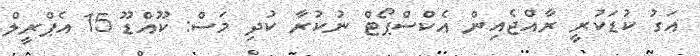
އަގު ކުޑަކުރީ ރާއްޖެއިން އެކްސްޕޯޓް ނުކުރާ ކުދި މަސް: ކޫއްޑޫ 15 އެޕްރީލް